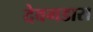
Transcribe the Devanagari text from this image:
देवगडास